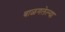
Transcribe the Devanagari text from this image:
बाळगलेल्या